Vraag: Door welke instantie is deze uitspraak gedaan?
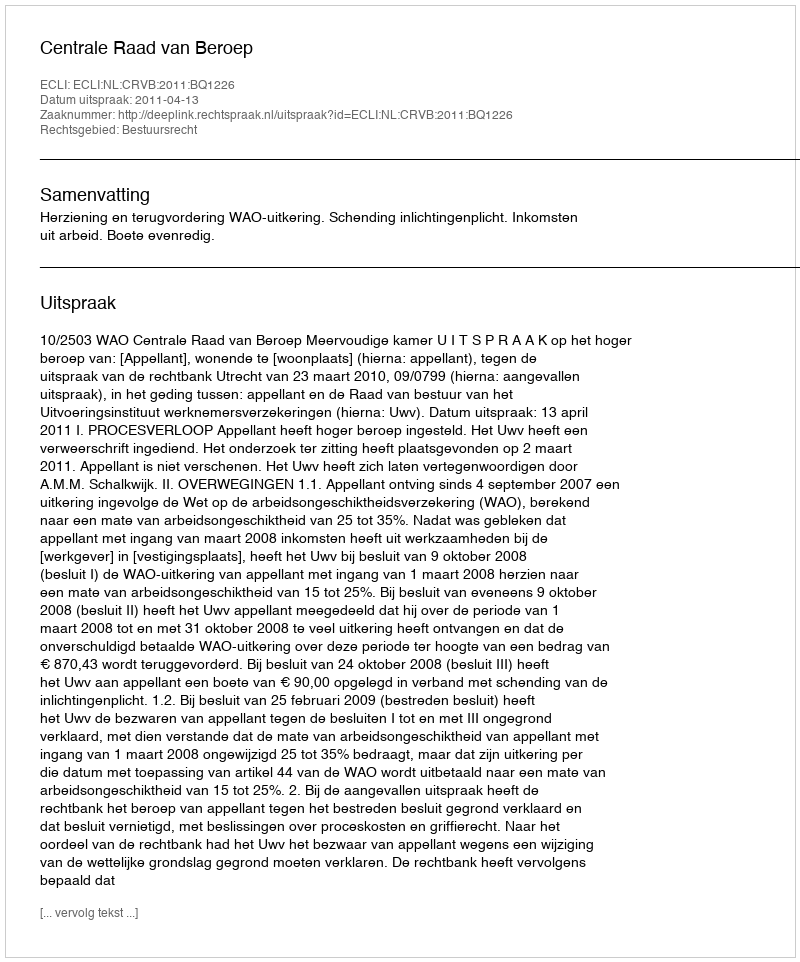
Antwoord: Centrale Raad van Beroep